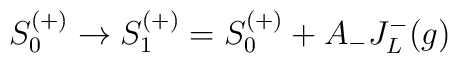
S_0^{(+)}\rightarrow S_1^{(+)} =S_0^{(+)} +A_- J_L^-(g)